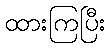
ထားကြပြီး